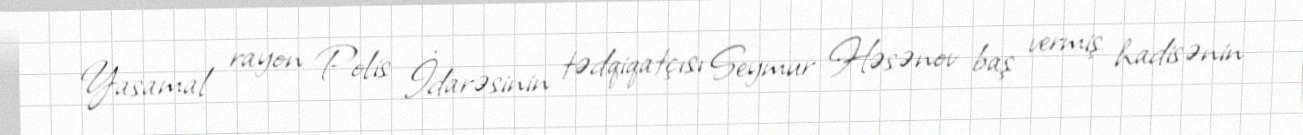
Yasamal rayon Polis İdarəsinin tədqiqatçısı Seymur Həsənov baş vermiş hadisənin